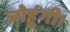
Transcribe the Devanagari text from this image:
जोहूंगी।